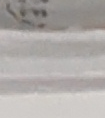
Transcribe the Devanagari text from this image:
९९